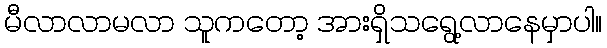
မီလာလာမလာ သူကတော့ အားရှိသရွေ့လာနေမှာပါ။